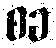
စခ